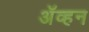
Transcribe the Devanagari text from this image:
अॅव्हन